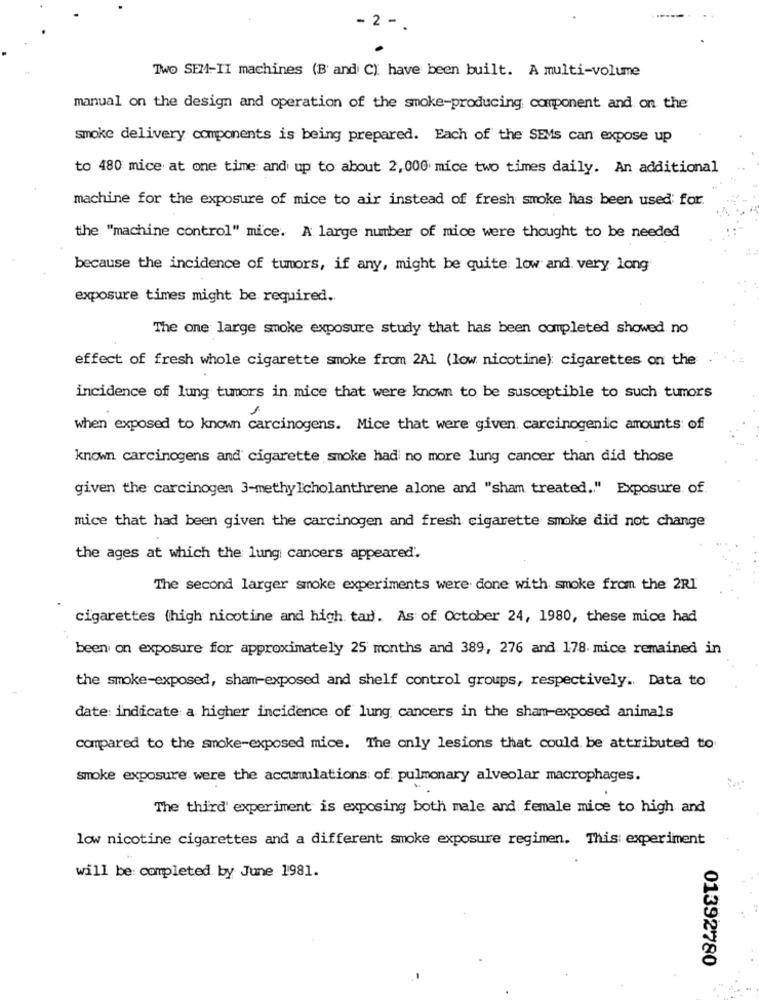
- 2 -
Two SEM-II machines (B' and C) have been built. A multi-volume
manual on the design and operation of the smoke-producing; component and on the
smoke delivery components is being prepared. Each of the SEVs can expose up
to 480 mice at one time and up to about 2,000 mice two times daily. An additional
machine for the exposure of mice to air instead of fresh smoke has been used for.
the "machine control" mice. A large number of mice were thought to be needed
because the incidence of tumors, if any, might be quite low and very long
exposure times might be required ..
The one large smoke exposure study that has been completed showed no
effect of fresh whole cigarette smoke from 2Al (low nicotine) cigarettes on the
incidence off lung tumors in mice that were known to be susceptible to such tumors
when exposed to known carcinogens. Mice that were given carcinogenic amounts of
known carcinogens and cigarette smoke had no more lung cancer than did those
given the carcinogen 3-methylcholanthrene alone and "sham treated .. " Exposure of
mice that had been given the carcinogen and fresh cigarette smoke did not change
the ages at which the lung cancers appeared'.
The second larger smoke experiments were done with smoke from the 2RI
cigarettes (high nicotine and high tard. As of October 24, 1980, these mice had
been on exposure for approximately 25 months and 389, 276 and 178. mice remained in
the smoke-exposed, sham-exposed and shelf control groups, respectively .. Data to
date indicate a higher incidence of lung cancers in the sham-exposed animals
compared to the smoke-exposed mice. The only lesions that could be attributed to
smoke exposure were the accumulations of pulmonary alveolar macrophages.
The third' experiment is exposing both male and female mice to high and
low nicotine cigarettes and a different smoke exposure regimen. This: experiment
will be: completed by June 1981.
01392780